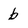
Character: b